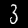
Digit: 3